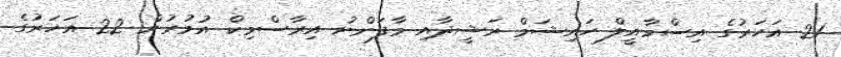
21 އަހަރުގެ އިސްމާއީލް ހައިޝަމް ރަޝީދާއި މާފަންނު އިރާސްމިކް އުމުރުން 22 އަހަރުގެ